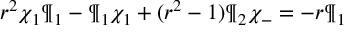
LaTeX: r ^ { 2 } \chi _ { 1 } \P _ { 1 } - \P _ { 1 } \chi _ { 1 } + ( r ^ { 2 } - 1 ) \P _ { 2 } \chi _ { - } = - r \P _ { 1 }